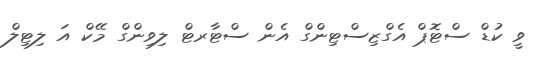
ވީ ކުޑް ސްޓޮޕް އެގްޒިސްޓިންގް އެން ސްޓާރޓް ލިވިންގް މޭކް އަ ލިޓިލް